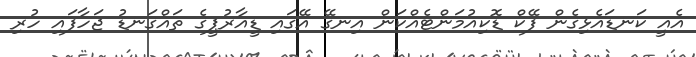
އެއީ ކަނޑައެޅިގެން ފޭކް ޑޮކިއުމަންޓެއްކަން އިނގޭ އޭގައި ޑީއާރުޕީގެ ތައްގަނޑު ޖަހާފައި ހުރި